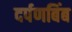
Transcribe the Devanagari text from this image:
दर्पणबिंब